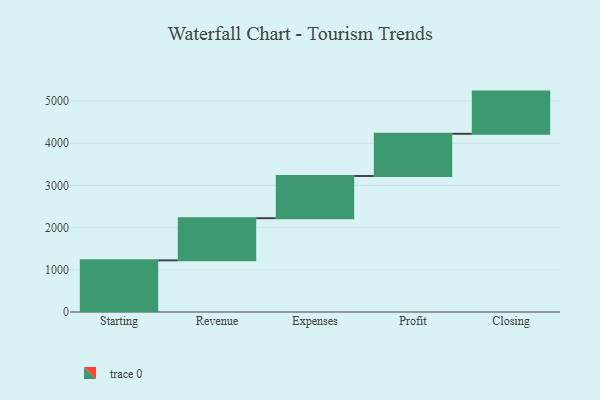
{"axis": {"x": "Step", "y": "Value"}, "legend": [""], "data": [{"x": "Starting", "y": 1224.0, "type": ""}, {"x": "Revenue", "y": 1000, "type": ""}, {"x": "Expenses", "y": 1000, "type": ""}, {"x": "Profit", "y": 1000, "type": ""}, {"x": "Closing", "y": 1000, "type": ""}]}